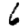
Digit: 6